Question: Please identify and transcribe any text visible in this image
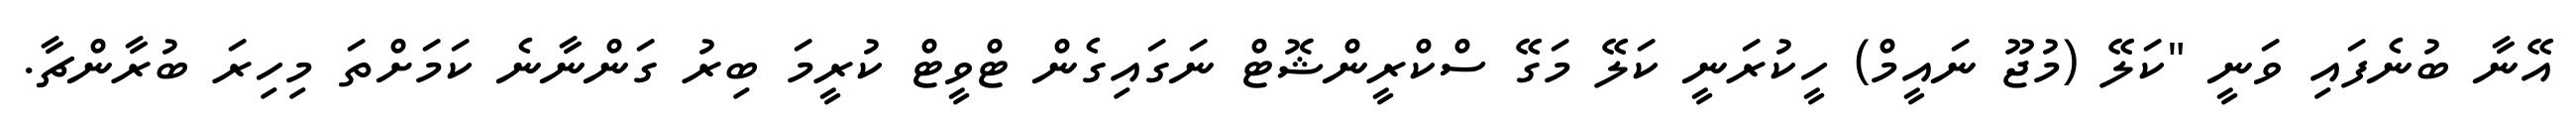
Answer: އޭނާ ބުނެފައި ވަނީ "ކަލޭ (މުޖޫ ނައީމް) ހީކުރަނީ ކަލޭ މަގޭ ސްކްރީންޝޮޓް ނަގައިގެން ޓްވީޓް ކުރީމަ ބިރު ގަންނާނެ ކަމަށްތަ މިހިރަ ބުރާންޗާ.